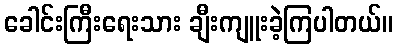
ခေါင်းကြီးရေးသား ချီးကျူးခဲ့ကြပါတယ်။